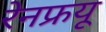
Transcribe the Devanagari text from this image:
रेनफ्रयू